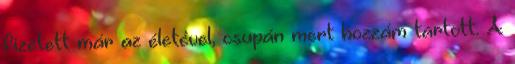
fizetett már az életével, csupán mert hozzám tartott. A